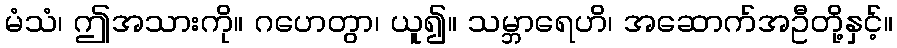
မံသံ၊ ဤအသားကို။ ဂဟေတွာ၊ ယူ၍။ သမ္ဘာရေဟိ၊ အဆောက်အဦတို့နှင့်။